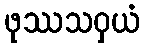
ဖုဿသဝှယံ